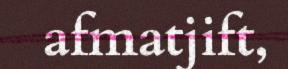
afmatjift,